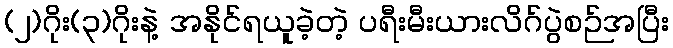
(၂)ဂိုး(၃)ဂိုးနဲ့ အနိုင်ရယူခဲ့တဲ့ ပရီးမီးယားလိဂ်ပွဲစဉ်အပြီး